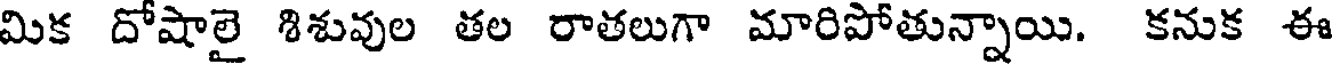
మిక దోషాలై శిశువుల తల రాతలుగా మారిపోతున్నాయి. కనుక ఈ